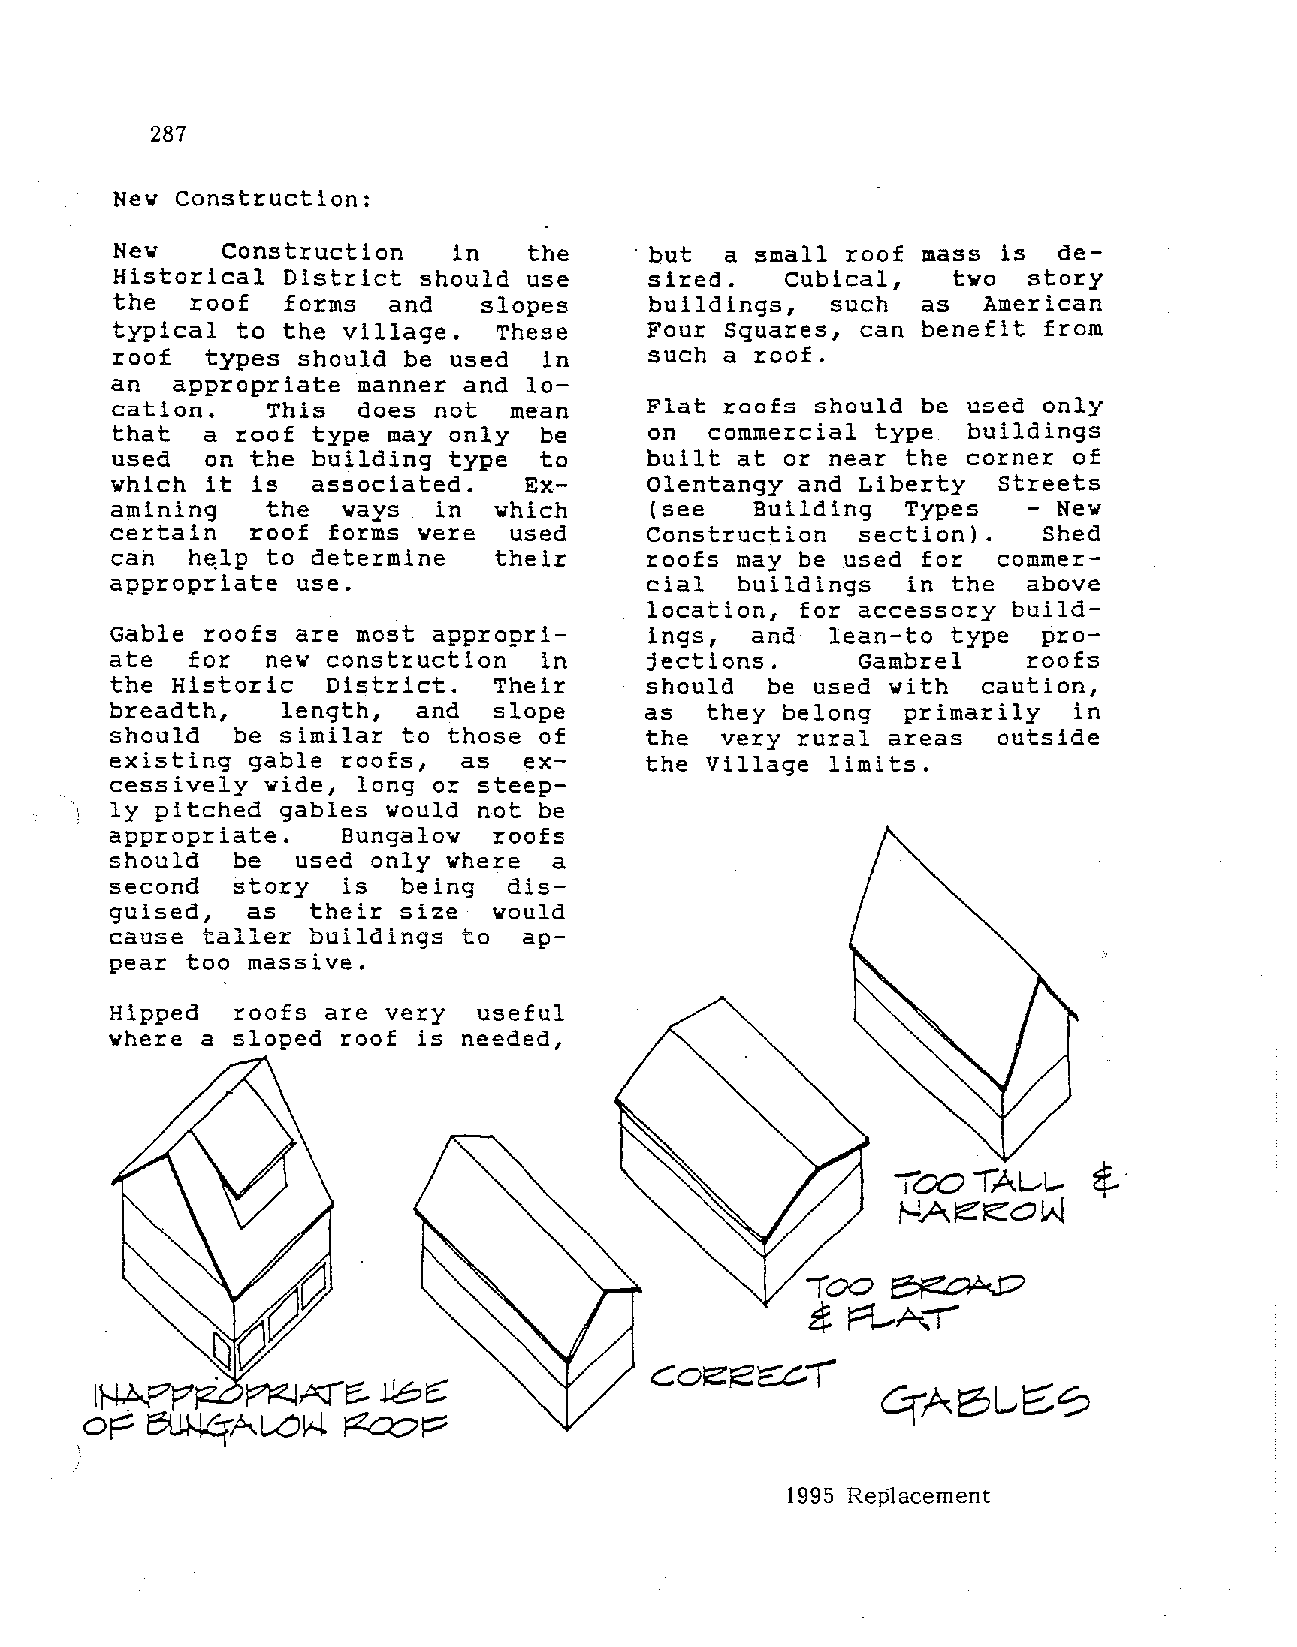
287
 Nev Construction:
 Nev    Construction   in   the    · but a small roof mass is  de
 Historical  District should use     sired.   Cubical,   tva  story
 the   roof  forms  and   slopes     buildings,  such  as  American
 typical  to the village.  These     Four Squares, can benefit from
 roof   types should be used  in     such a roof.
 an  appropriate  manner and lo
 cation.    This  does not  mean     Flat roofs should be used only
 that  a  roof type may only  be     on  commercial type  buildings
 used   on the building type  to     built at or near the corner of
 vhich  it is  associated.   Ex      Olentangy and Liberty  Streets
 amining    the  vays  in  vhich     (see   Building  Types   - New
 certain   roof forms vere  used     Construction  section).   Shed
 cah  h~lp  to determine   their     roofs may be used for  commer
 appropriate  use.                   cial  buildings  in the  above
 location, for accessory build
 Gable roofs  are most appropri      ings,  and  lean-to type  pro
 ate  for   nev construction  in     jections.     Gambrel    roofs
 the Historic   District.  Their     should  be used with  caution,
 breadth,    length, and   slope     as  they belong  primarily  in
 should  be similar  to those of     the  very rural areas  outside
 existing gable  roofs, as   ex      the Village limits.
 cessively vide,  long or steep
 ly pitched gables  vould not be
 appropriate.    Bungalow  roofs
 should  be   used only vhere a
 second  story   is  being  dis
 guised,  as   their size  would
 cause taller buildings  to  ap
 pear too massive.
 Hipped  roofs are very   useful
 vhere a sloped  roof is needed,
 1995 Replacement